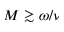
M \gtrsim \omega / \nu